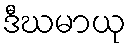
ဒီဃမာယု